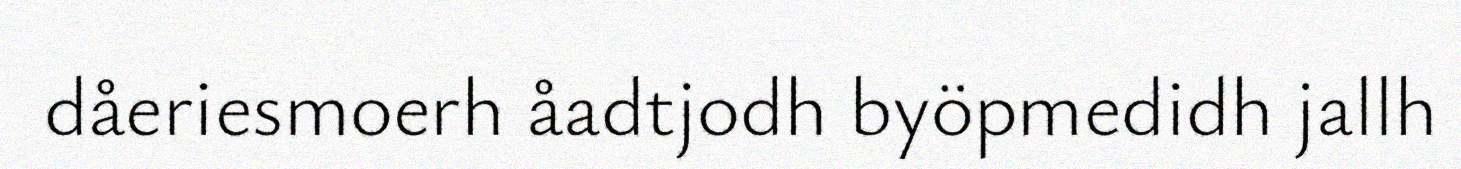
dåeriesmoerh åadtjodh byöpmedidh jallh